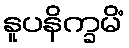
နူပနိက္ခမိံ